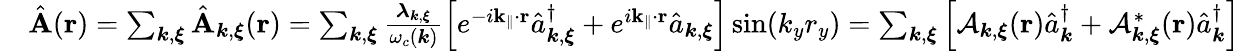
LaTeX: \begin{array}{rl}&{\hat{\mathbf A}({\mathbf r})=\sum_{{\boldsymbol k},{\boldsymbol\xi}}\hat{\mathbf A}_{{\boldsymbol k},{\boldsymbol\xi}}({\mathbf r})=\sum_{{\boldsymbol k},{\boldsymbol\xi}}\frac{{\boldsymbol\lambda}_{{\boldsymbol k},{\boldsymbol\xi}}}{\omega_{c}({\boldsymbol k})}\left[e^{-i{\mathbf k_{\parallel}}\cdot{\mathbf r}}\hat{a}_{{\boldsymbol k},{\boldsymbol\xi}}^{\dagger}+e^{i{\mathbf k_{\parallel}}\cdot{\mathbf r}}\hat{a}_{{\boldsymbol k},{\boldsymbol\xi}}\right]\sin({k_{y}}{r_{y}})=\sum_{{\boldsymbol k},{\boldsymbol\xi}}\Big[\mathcal{A}_{{\boldsymbol k},{\boldsymbol\xi}}({\mathbf r})\hat{a}_{{\boldsymbol k}}^{\dagger}+\mathcal{A}_{{\boldsymbol k},{\boldsymbol\xi}}^{*}({\mathbf r})\hat{a}_{{\boldsymbol k}}^{\dagger}\Big]}\end{array}